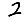
Digit: 2